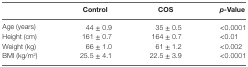
<table><thead><tr><td></td><td><b>Control</b></td><td><b>COS</b></td><td><b><i>p-</i>Value</b></td></tr></thead><tbody><tr><td>Age (years)</td><td>44 ± 0.9</td><td>35 ± 0.5</td><td>&lt;0.0001</td></tr><tr><td>Height (cm)</td><td>161 ± 0.7</td><td>164 ± 0.7</td><td>&lt;0.01</td></tr><tr><td>Weight (kg)</td><td>66 ± 1.0</td><td>61 ± 1.2</td><td>&lt;0.002</td></tr><tr><td>BMI (kg/m<sup>2</sup>)</td><td>25.5 ± 4.1</td><td>22.5 ± 3.9</td><td>&lt;0.0001</td></tr></tbody></table>